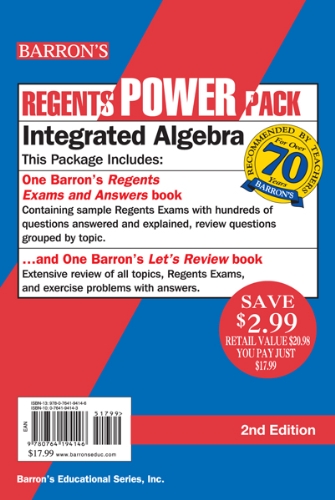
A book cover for Integrated Algebra Power Pack (Regents Power Packs); Lawrence Leff M.S.; Test Preparation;